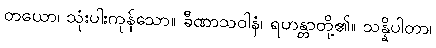
တယော၊ သုံးပါးကုန်သော။ ခီဏာသဝါနံ၊ ရဟန္တာတို့၏။ သန္နိပါတာ၊